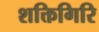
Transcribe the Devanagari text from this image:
शक्तिगिरि